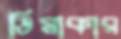
ডিমাকার